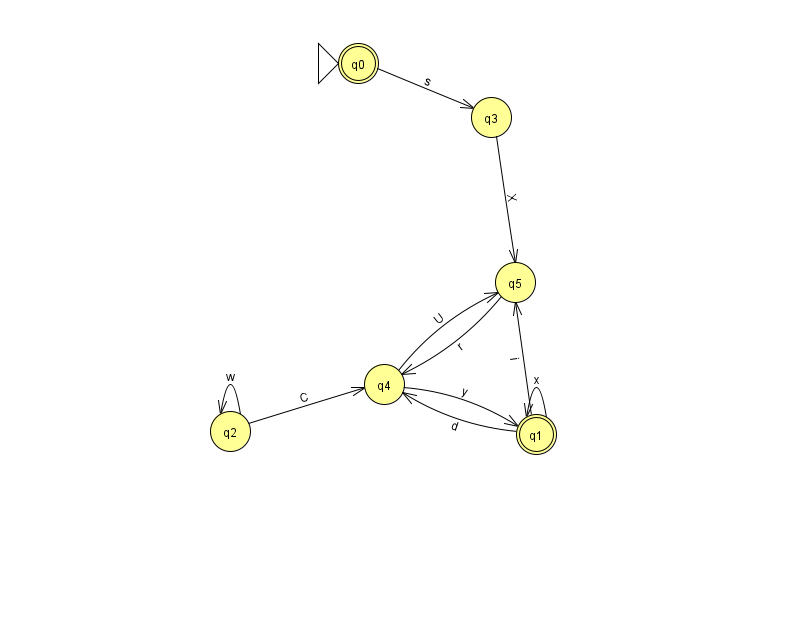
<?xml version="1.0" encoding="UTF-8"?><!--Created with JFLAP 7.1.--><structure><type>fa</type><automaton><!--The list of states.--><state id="0" name="q0"><x>358.0</x><y>50.0</y><initial/><final/></state><state id="1" name="q1"><x>536.0</x><y>421.0</y><final/></state><state id="2" name="q2"><x>230.0</x><y>418.0</y></state><state id="3" name="q3"><x>491.0</x><y>104.0</y></state><state id="4" name="q4"><x>384.0</x><y>371.0</y></state><state id="5" name="q5"><x>515.0</x><y>269.0</y></state><!--The list of transitions.--><transition><from>5</from><to>4</to><read>r</read></transition><transition><from>1</from><to>4</to><read>d</read></transition><transition><from>4</from><to>5</to><read>U</read></transition><transition><from>2</from><to>2</to><read>w</read></transition><transition><from>1</from><to>1</to><read>x</read></transition><transition><from>0</from><to>3</to><read>s</read></transition><transition><from>2</from><to>4</to><read>C</read></transition><transition><from>3</from><to>5</to><read>X</read></transition><transition><from>1</from><to>5</to><read>i</read></transition><transition><from>4</from><to>1</to><read>y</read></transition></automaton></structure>